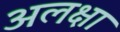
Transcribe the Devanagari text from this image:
अलक्षा